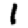
Digit: 1